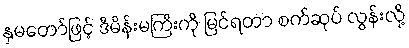
နှမတော်ဖြင့် ဒီမိန်းမကြီးကို မြင်ရတာ စက်ဆုပ် လွန်းလို့